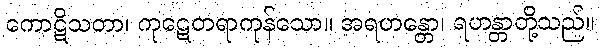
ကောဋိသတာ၊ ကုဋေတရာကုန်သော။ အရဟန္တော၊ ရဟန္တာတို့သည်။